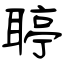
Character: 聤